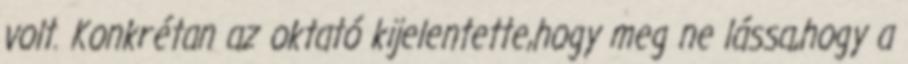
volt. Konkrétan az oktató kijelentette,hogy meg ne lássa,hogy a